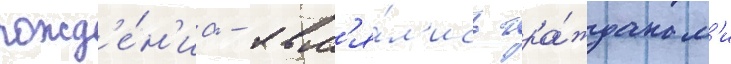
рожд'е́н'иа - явл'я́л'ись гра́жданам'и